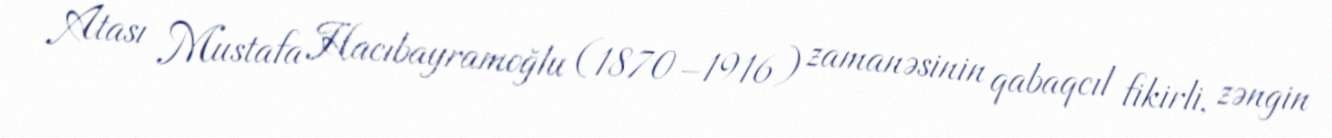
Atası Mustafa Hacıbayramoğlu (1870–1916) zamanəsinin qabaqcıl fikirli, zəngin